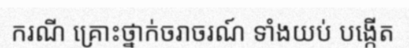
ករណី គ្រោះថ្នាក់ចរាចរណ៍ ទាំងយប់ បង្កើត